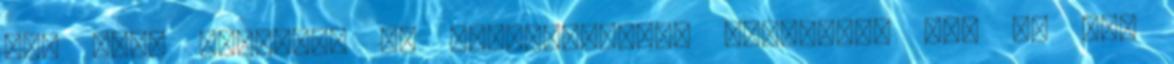
nem csak papírra, de nylonzacsira, műanyagra is. Na meg